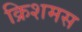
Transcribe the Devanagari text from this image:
क्रिशमस